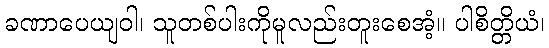
ခဏာပေယျဝါ၊ သူတစ်ပါးကိုမူလည်းတူးစေအံ့။ ပါစိတ္တိယံ၊